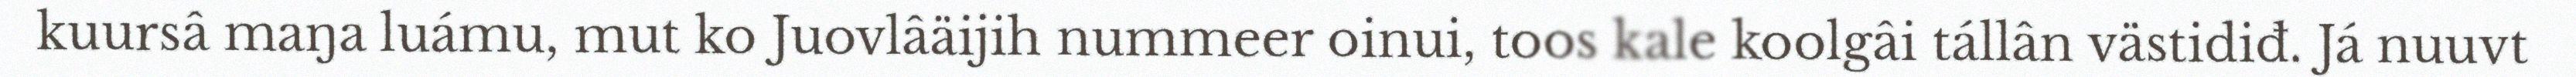
kuursâ maŋa luámu, mut ko Juovlâäijih nummeer oinui, toos kale koolgâi tállân västidiđ. Já nuuvt